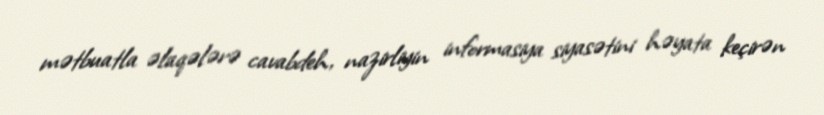
mətbuatla əlaqələrə cavabdeh, nazirliyin informasiya siyasətini həyata keçirən